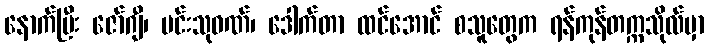
နောက်ပြီး ဇော်ဂျီ၊ မင်းသုဝဏ်၊ ဒေါက်တာ ထင်အောင် စသူတွေက ရန်ကုန်တက္ကသိုလ်မှာ